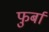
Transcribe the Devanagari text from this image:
फुर्बा